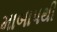
માબાપથી